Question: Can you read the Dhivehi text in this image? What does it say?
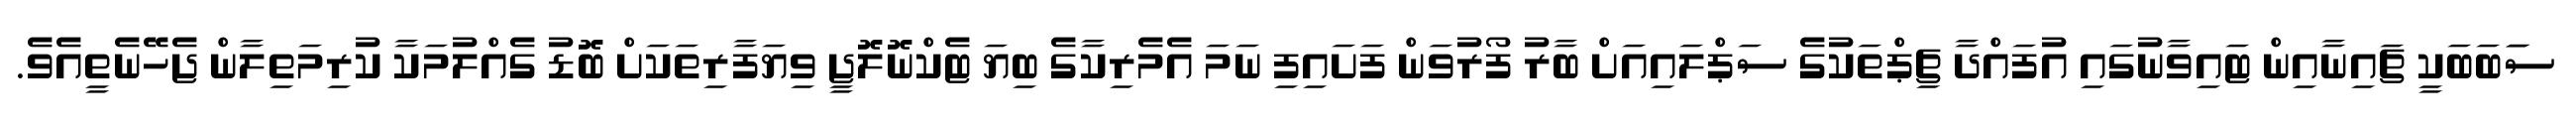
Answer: ސަަބަބަކީ ޗައިނާއިން ޓައިވާނުގައި އުފައްދާ ޗިޕްތަކުގެ ސަޕްލައިއަށް ބާރު ފޯރުވަން ފަށައިފި ނަމަ އެމެރިކާގެ ބިޔަ ޓެކްނޮލޮޖީ ވިޔަފާރިތަކަށް ބޮޑު ގެއްލުމަކާ ކުރިމަތިލާން ޖެހޭނެތީއެވެ.